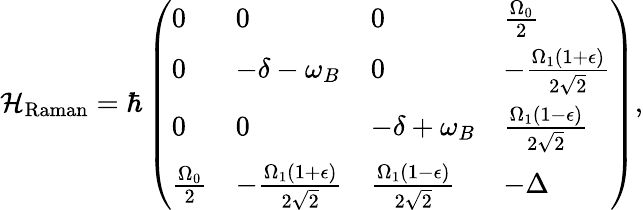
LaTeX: \mathcal{H}_{\mathrm{Raman}}=\hbar\left(\begin{array}{llll}{0}&{0}&{0}&{\frac{\Omega_{0}}{2}}\\ {0}&{-\delta-\omega_{B}}&{0}&{-\frac{\Omega_{1}(1+\epsilon)}{2\sqrt{2}}}\\ {0}&{0}&{-\delta+\omega_{B}}&{\frac{\Omega_{1}(1-\epsilon)}{2\sqrt{2}}}\\ {\frac{\Omega_{0}}{2}}&{-\frac{\Omega_{1}(1+\epsilon)}{2\sqrt{2}}}&{\frac{\Omega_{1}(1-\epsilon)}{2\sqrt{2}}}&{-\Delta}\end{array}\right),